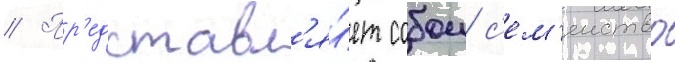
// Пр'едставл'я́ет собои с'ем'еиство